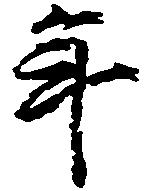
年